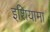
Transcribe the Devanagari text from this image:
इशियामा